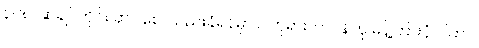
၃၀၈၊ ဆဲချင်တိုင်း ဆဲပါစေ၊ သည်းခံရန်မှာ ငါဘုရားတာဝန်ဟု မိန့်ကြားပုံ ဂါထာ။